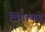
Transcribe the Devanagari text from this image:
लिंगाकडे